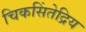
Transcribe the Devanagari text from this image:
चिकसिंतेद्रिय